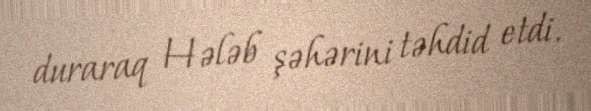
duraraq Hələb şəhərini təhdid etdi.